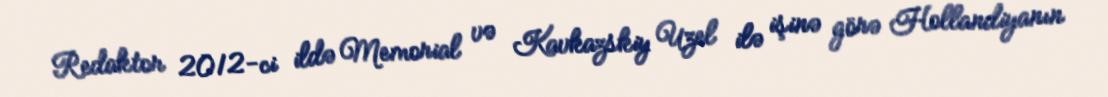
Redaktor 2012-ci ildə Memorial və Kavkazskiy Uzel ilə işinə görə Hollandiyanın